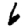
Digit: 6